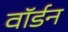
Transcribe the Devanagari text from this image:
वॉर्डन